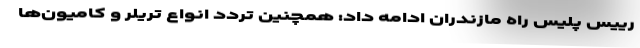
رییس پلیس راه مازندران ادامه داد: همچنین تردد انواع تریلر و کامیون‌ها